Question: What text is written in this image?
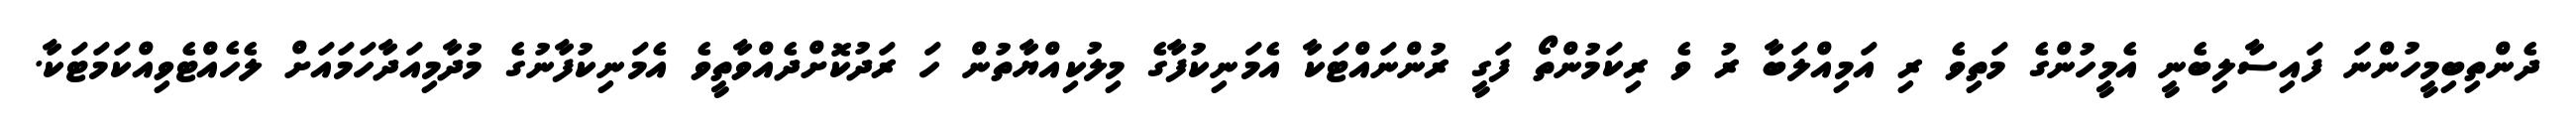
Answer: ދެންތިބިމީހުންނަ ފައިސާލިބެނީ އެމީހުންގެ މަތިވެ ރި އަމިއްލަބާ ރު ވެ ރިކަމުންތޯ ފަގީ ރުންނައްޓަކާ އެމަނިކުފާގެ މިލުކިއްޔާތުން ހަ ރަދުކޮށްދެއްވާތީވެ އެމަނިކުފާނުގެ މުދާމިއަދާހަމައަށް ލެހެއްޓެވިއްކަމަޓަކާ.